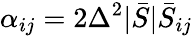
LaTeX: \alpha_{ij}=2\Delta^{2}|\bar{S}|\bar{S}_{ij}